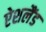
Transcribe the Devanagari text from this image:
ऐशलैंड